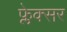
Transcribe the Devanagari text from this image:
फ्लेक्सर